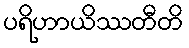
ပရိဟာယိဿတီတိ